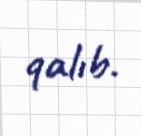
qalıb.